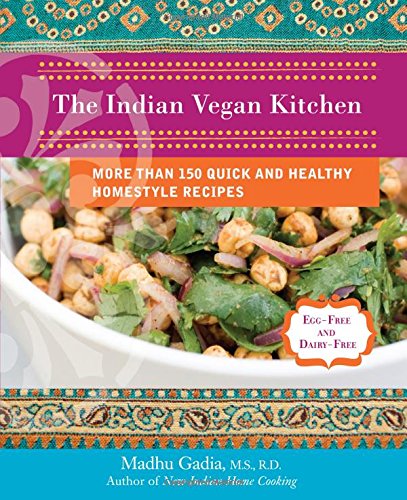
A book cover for The Indian Vegan Kitchen: More Than 150 Quick and Healthy Homestyle Recipes; Madhu Gadia; Cookbooks, Food & Wine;